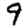
Digit: 9